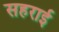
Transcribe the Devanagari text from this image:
सहराई